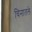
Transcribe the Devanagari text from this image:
चिनातले